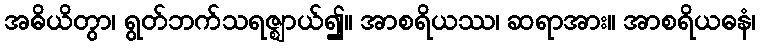
အဓိယိတွာ၊ ရွတ်ဘက်သရဇ္ဈာယ်၍။ အာစရိယဿ၊ ဆရာအား။ အာစရိယဓနံ၊